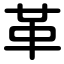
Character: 革